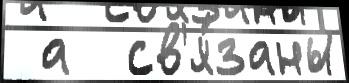
 а  св'я́заны